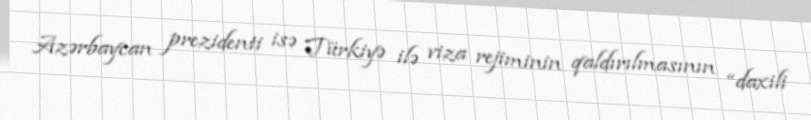
Azərbaycan prezidenti isə Türkiyə ilə viza rejiminin qaldırılmasının “daxili